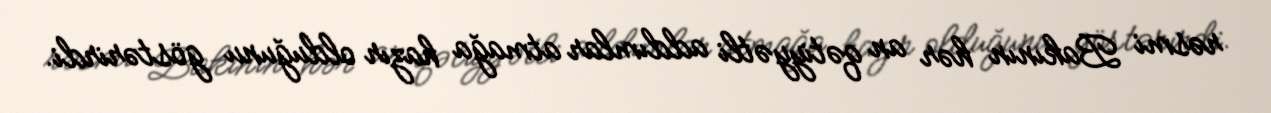
rəsmi Bakının hər an qətiyyətli addımlar atmağa hazır olduğunu göstərirdi.